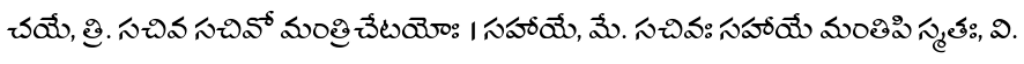
చయే, త్రి. సచివ సచివో మంత్రిచేటయోః । సహాయే, మే. సచివః సహాయే మంతిపి స్మతః, వి.